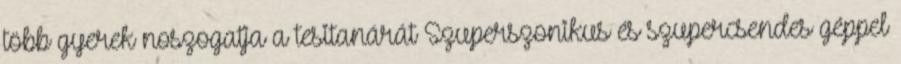
több gyerek noszogatja a tesitanárát Szuperszonikus és szupercsendes géppel